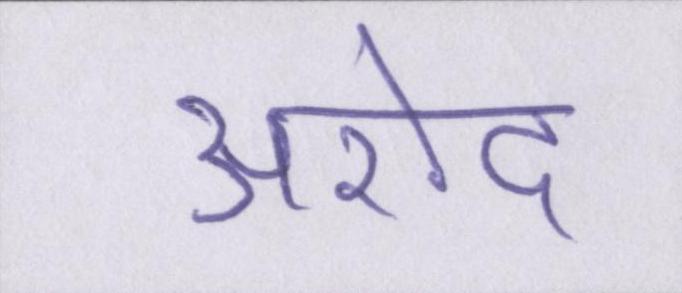
अरोद